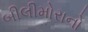
બીલીમોરાનો